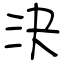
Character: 決